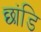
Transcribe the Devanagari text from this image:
छांडि